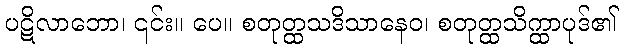
ပဋိလာဘော၊ ၎င်း။ ပေ။ စတုတ္ထသဒိသာနေဝ၊ စတုတ္ထသိက္ထာပုဒ်၏